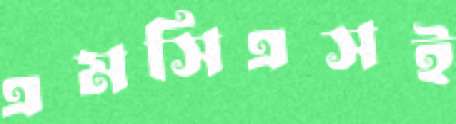
এমসিএসই